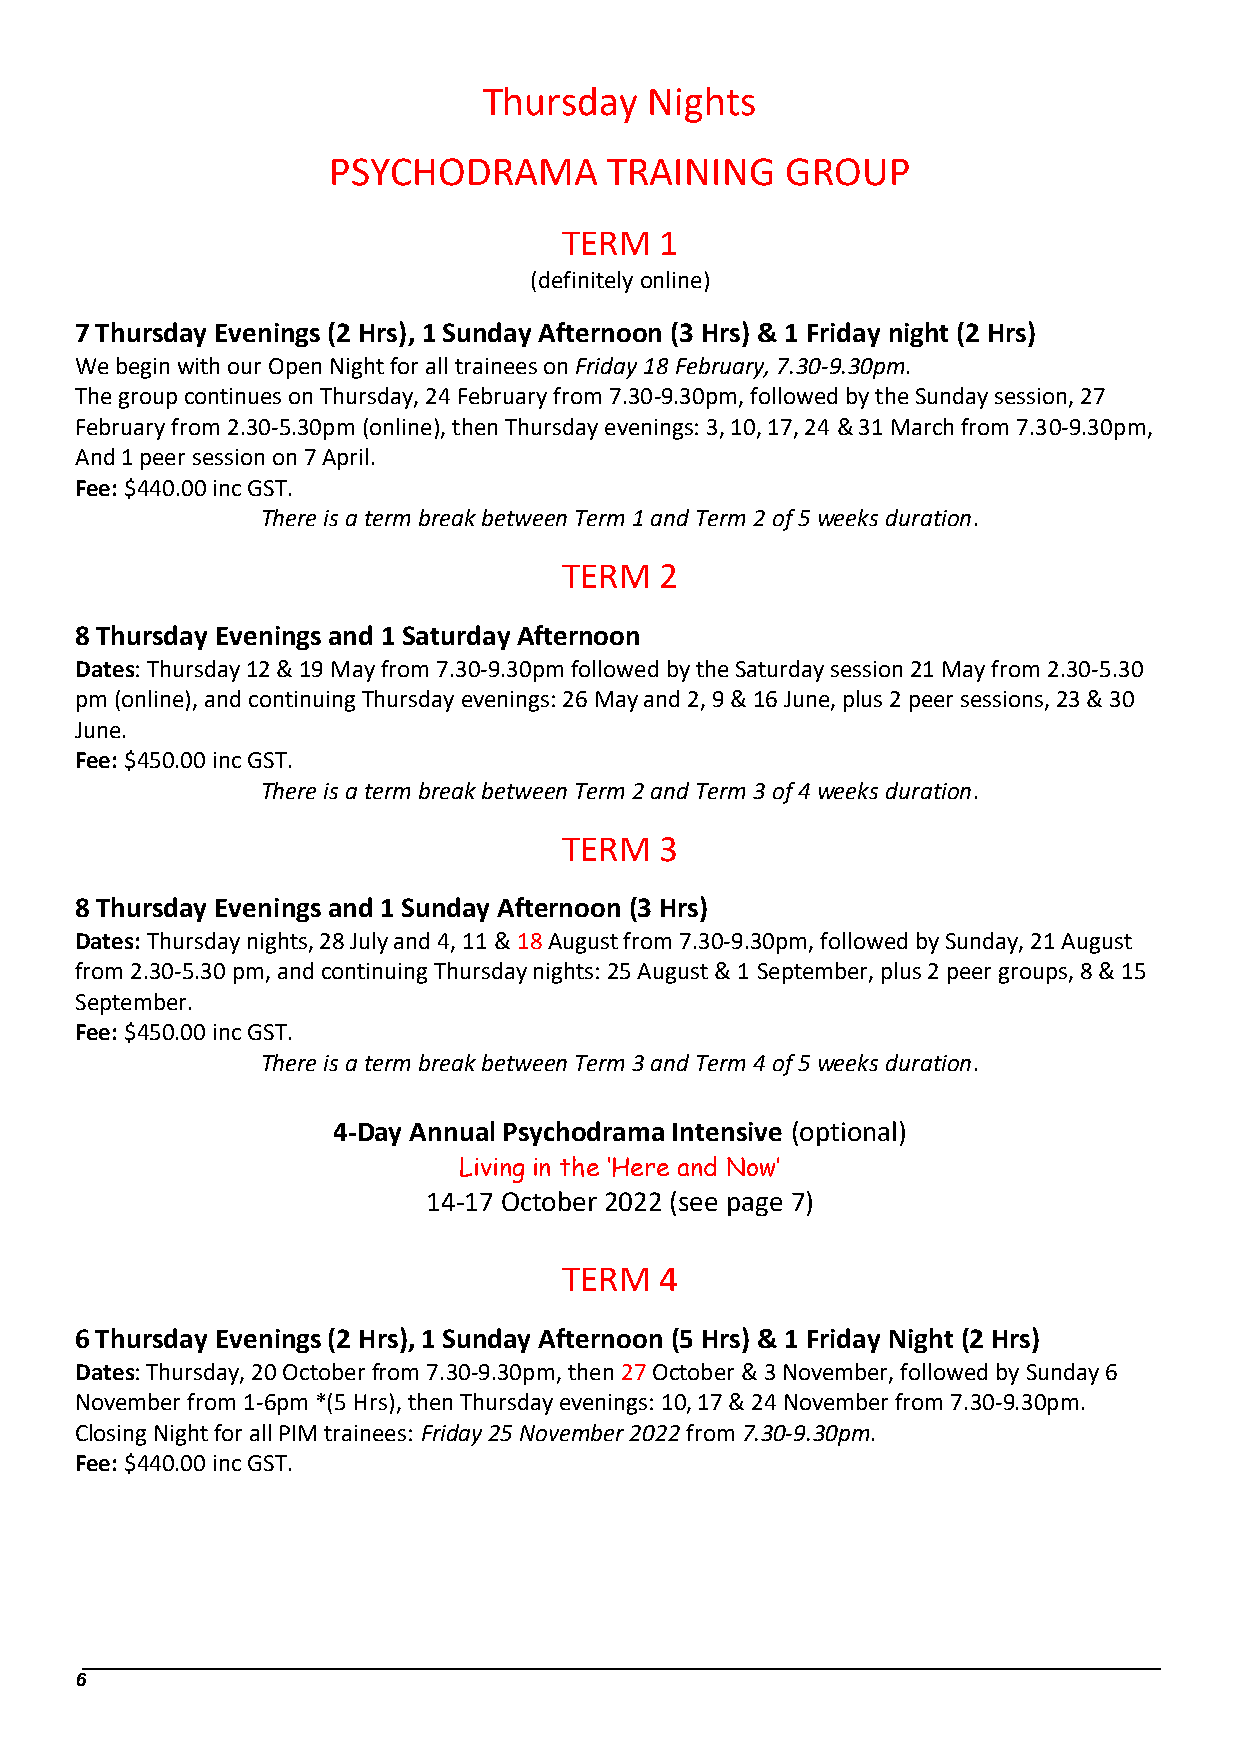
Thursday   Nights
 PSYCHODRAMA       TRAINING    GROUP
 TERM   1
 (definitely online)
 7 Thursday Evenings (2 Hrs), 1 Sunday Afternoon (3 Hrs) & 1 Friday night (2 Hrs)
 We begin with our Open Night for all trainees on Friday 18 February, 7.30-9.30pm.
 The group continues on Thursday, 24 February from 7.30-9.30pm, followed by the Sunday session, 27
 February from 2.30-5.30pm (online), then Thursday evenings: 3, 10, 17, 24 & 31 March from 7.30-9.30pm,
 And 1 peer session on 7 April.
 Fee: $440.00 inc GST.
 There is a term break between Term 1 and Term 2 of 5 weeks duration.
 TERM   2
 8 Thursday Evenings and 1 Saturday Afternoon
 Dates: Thursday 12 & 19 May from 7.30-9.30pm followed by the Saturday session 21 May from 2.30-5.30
 pm (online), and continuing Thursday evenings: 26 May and 2, 9 & 16 June, plus 2 peer sessions, 23 & 30
 June.
 Fee: $450.00 inc GST.
 There is a term break between Term 2 and Term 3 of 4 weeks duration.
 TERM   3
 8 Thursday Evenings and 1 Sunday Afternoon (3 Hrs)
 Dates: Thursday nights, 28 July and 4, 11 & 18 August from 7.30-9.30pm, followed by Sunday, 21 August
 from 2.30-5.30 pm, and continuing Thursday nights: 25 August & 1 September, plus 2 peer groups, 8 & 15
 September.
 Fee: $450.00 inc GST.
 There is a term break between Term 3 and Term 4 of 5 weeks duration.
 4-Day Annual Psychodrama Intensive (optional)
 Living in the ‘Here and Now’
 14-17 October 2022 (see page 7)
 TERM   4
 6 Thursday Evenings (2 Hrs), 1 Sunday Afternoon (5 Hrs) & 1 Friday Night (2 Hrs)
 Dates: Thursday, 20 October from 7.30-9.30pm, then 27 October & 3 November, followed by Sunday 6
 November from 1-6pm *(5 Hrs), then Thursday evenings: 10, 17 & 24 November from 7.30-9.30pm.
 Closing Night for all PIM trainees: Friday 25 November 2022 from 7.30-9.30pm.
 Fee: $440.00 inc GST.
 6